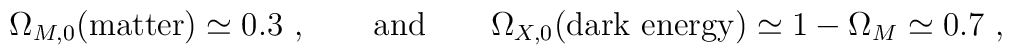
\Omega _{M,0} ({\rm matter}) \simeq 0.3~, \qquad {\rm and} \qquad \Omega_{X,0} ({\rm dark~energy})\simeq 1 -\Omega _M \simeq 0.7~,